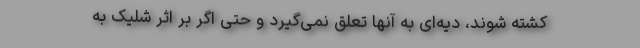
کشته شوند، دیه‌ای به آنها تعلق نمی‌گیرد و حتی اگر بر اثر شلیک به